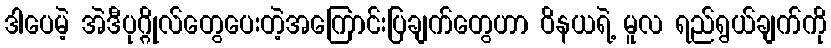
ဒါပေမဲ့ အဲဒီပုဂ္ဂိုလ်တွေပေးတဲ့အကြောင်းပြချက်တွေဟာ ဝိနယရဲ့ မူလ ရည်ရွယ်ချက်ကို